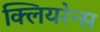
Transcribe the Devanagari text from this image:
क्लियरेन्स